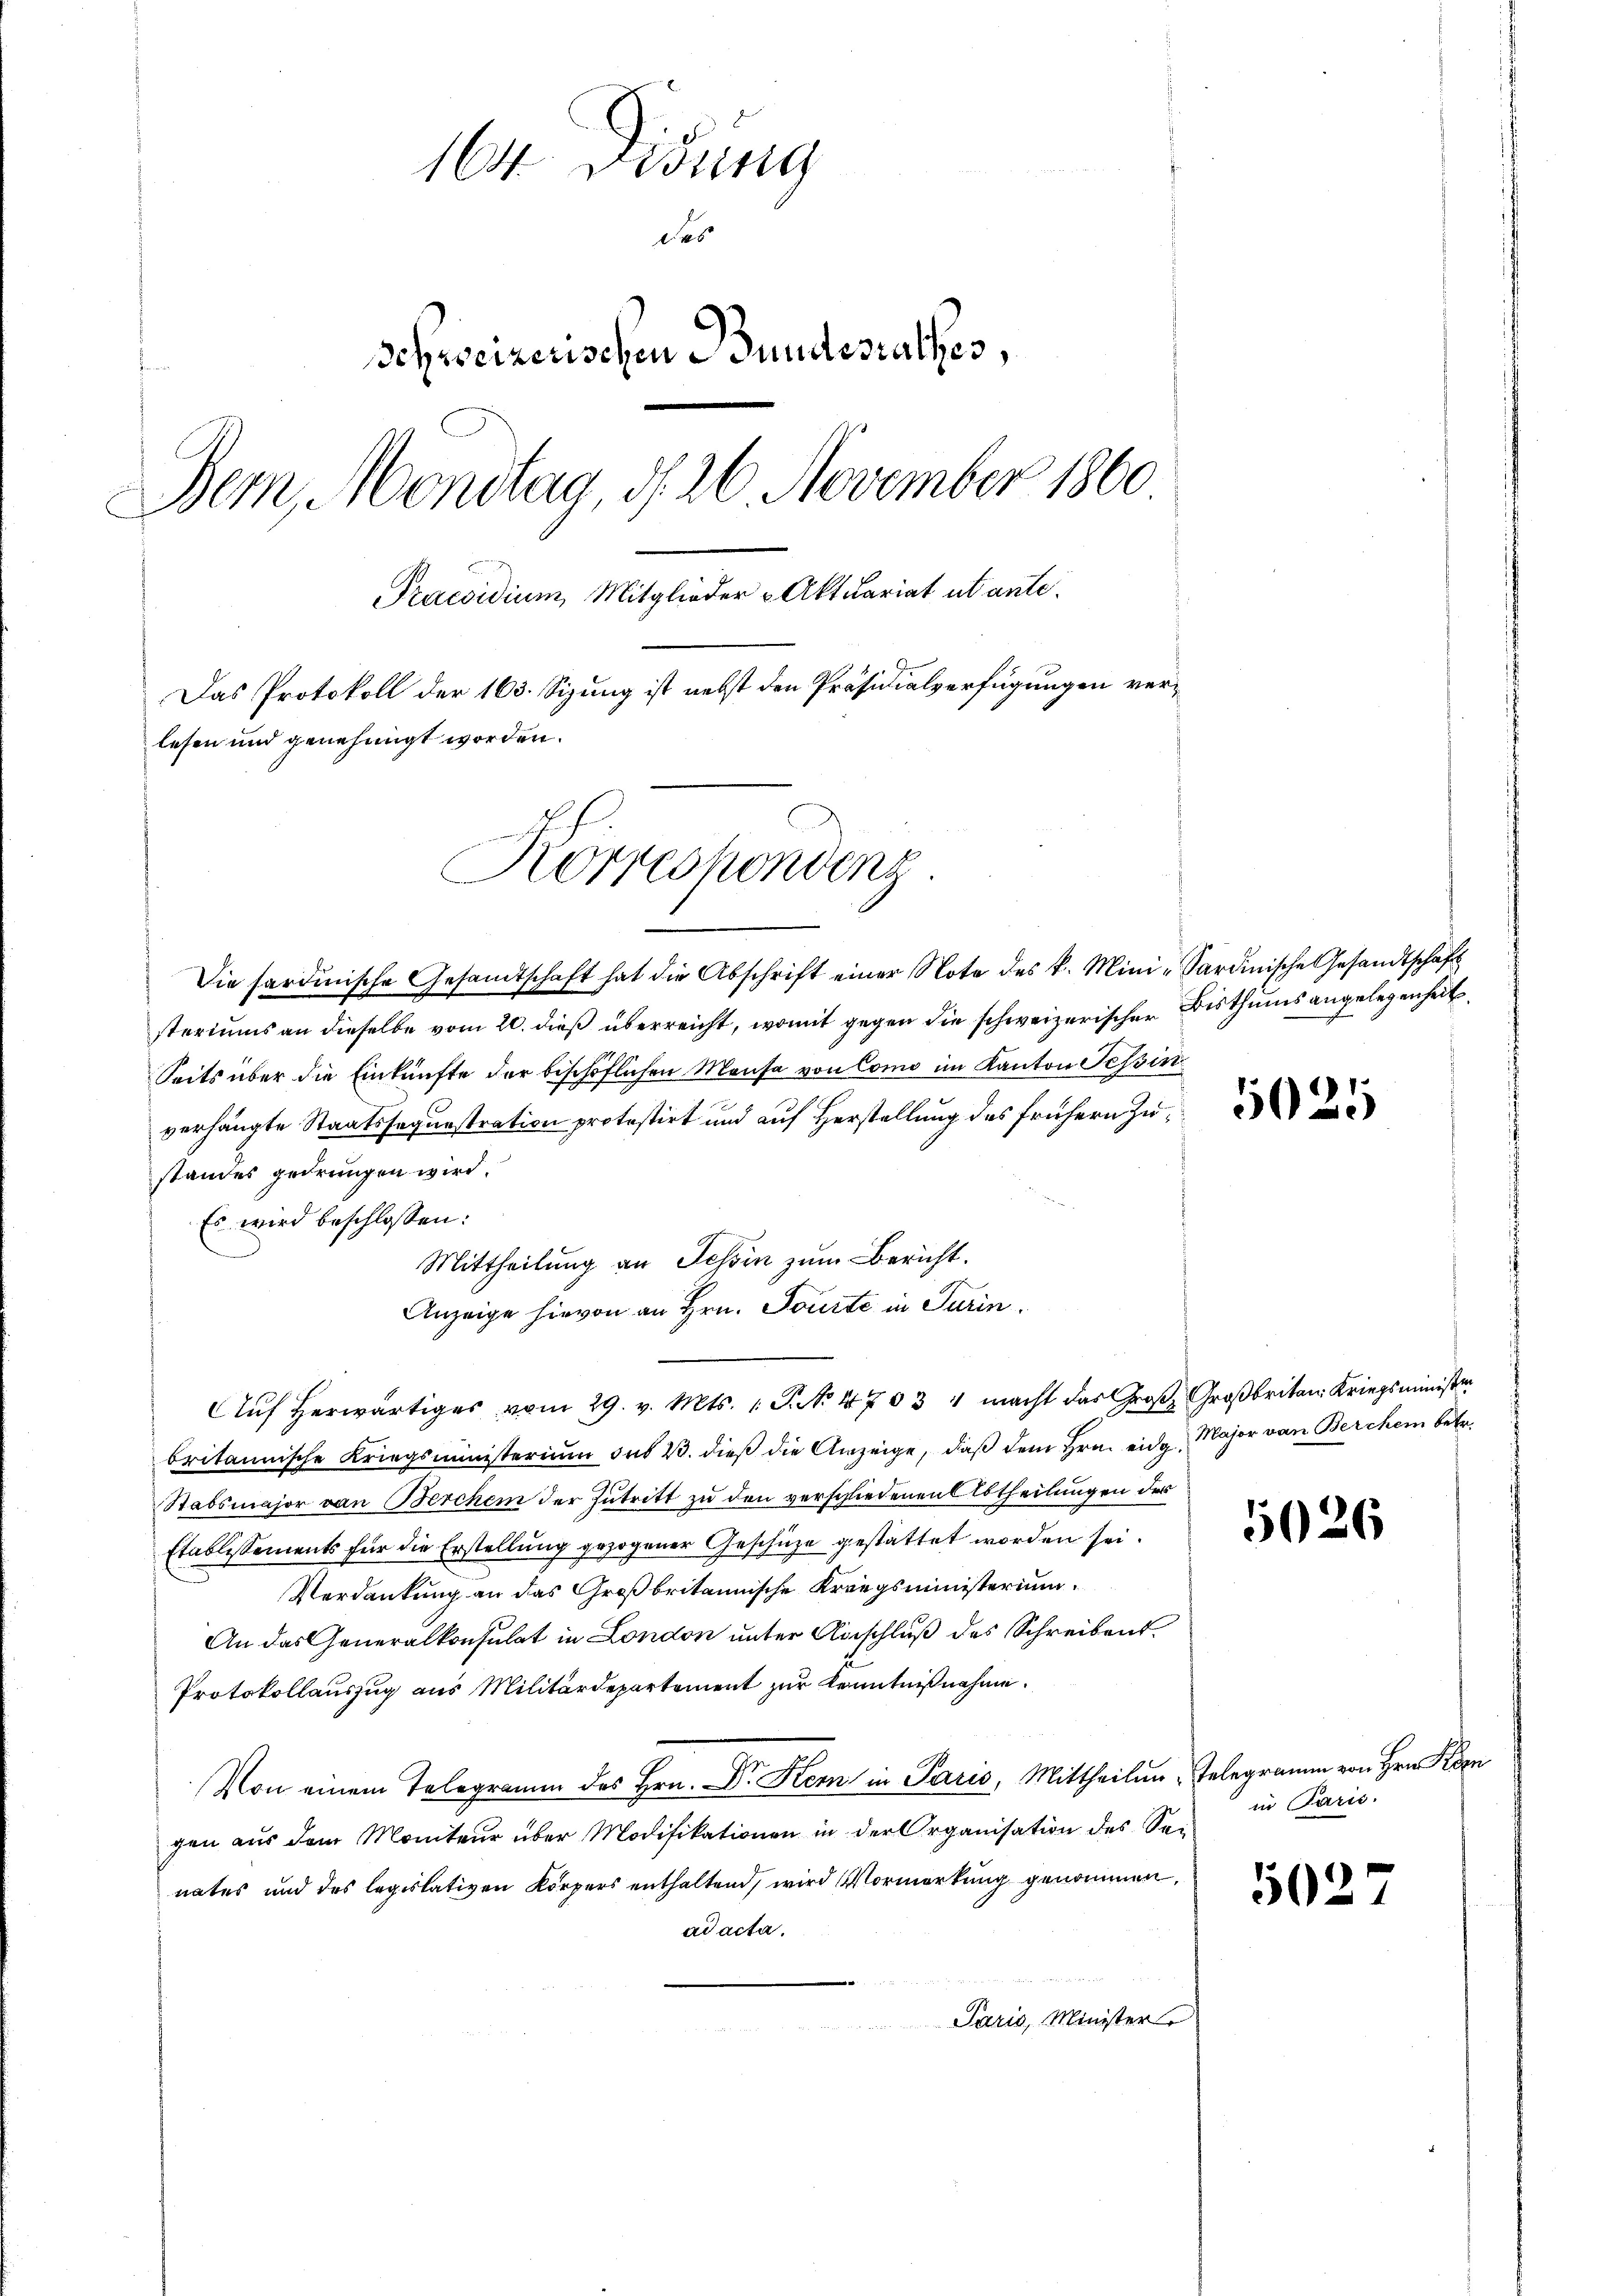
164 Didung
des
Schreizerischen Bundesrathes,
Dem Montag, d. 26 November 1860
PPraesidium, Mitglieder Aktuariat utante.
Das Protokoll der 163. Sizung ist nebst den Präsidialverfügungen verlesen und genehmigt worden.

Korresponding.

Die sardinische Gesandtschaft hat die Abschrift einer Note des k. Mini-Sardinische Gesandtschaft
steriums an dieselbe vom 20. dieß überreicht, womit gegen die schweizerischer Bisthums angelegenheit
Seits über die Einkünfte der beschöflichen Mansa von Como im Kanton Tessin
verhängte Staatssagunstration protestirt und auf Herstellung des frühern Zustandes gedrungen wird.
Es wird beschlossen:
Mittheilung an Schin zum Bericht.
Anzeige hievon an Hrn. Tourte in Turin.
britannische Kriegsministerium des 23. dieβ die Anzeige, daβ dem Hrn. eidg. Major von Berchein betr.
Stabsmajor von Berchen der Zutritt zu den verschiedenen Abtheilungen der
Etablissements für die Erstellung gezogener Geschüze gestattet worden sei.
Verdankung an das Großbritannische Kriegsministerium
An das Generalkonsulat in London unter Anschluß des Schreibent.
Protokollauszug aus Militärdepartement zur Kenntnißnahme
Von einem Telegramm des Hrn. Dr. Kern in Paris, Mittheilen Telegramm von Hrn. Kon
gen aus dem Moniteur über Modifikationen in der Organisation des Sei
nates und des legislativen Körpers enthaltend, wird Vormerkung genommen,
ad acta.
Paris, Minister

Aŭf herwärtiges vom 29. v. Mts. 1. P. No. 4703 4 macht das Groβ Großbritan Kriegsministerr

5025

026

in Paris.

5027